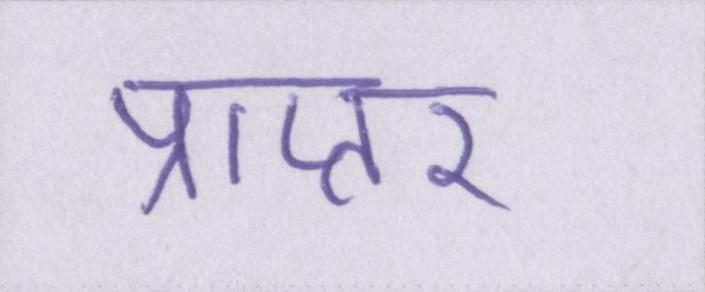
प्राप्तर